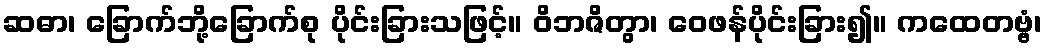
ဆဓာ၊ ခြောက်ဘို့ခြောက်စု ပိုင်းခြားသဖြင့်။ ဝိဘဇိတွာ၊ ဝေဖန်ပိုင်းခြား၍။ ကထေတဗ္ဗံ၊